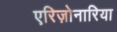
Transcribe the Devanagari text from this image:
एरिज़ोनारिया